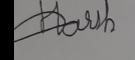
Signature authenticity: forged